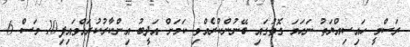
ރަސްމީ ހައިސިއްޔަތު ނަހަމަ ގޮތުގައި ބޭނުންކުރެއްވި ކަމަށް އަދީބު އިންކާރުކުރައްވައިފި10 މަސް 6